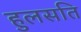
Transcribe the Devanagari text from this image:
हुलसति